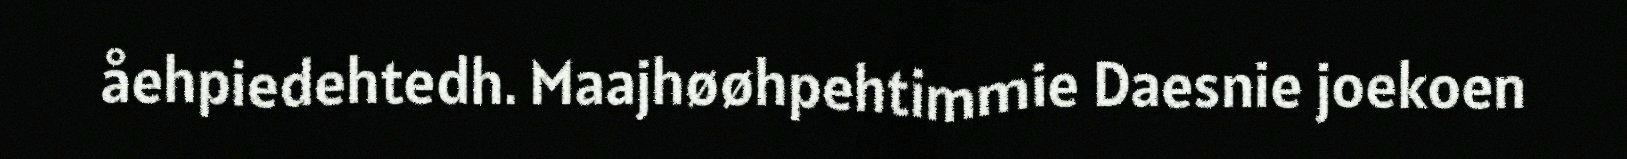
åehpiedehtedh. Maajhøøhpehtimmie Daesnie joekoen